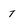
Character: 7